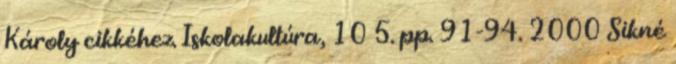
Károly cikkéhez. Iskolakultúra, 10 5. pp. 91-94. 2000 Sikné